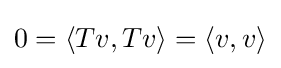
0=\langle Tv,Tv\rangle =\langle v,v\rangle